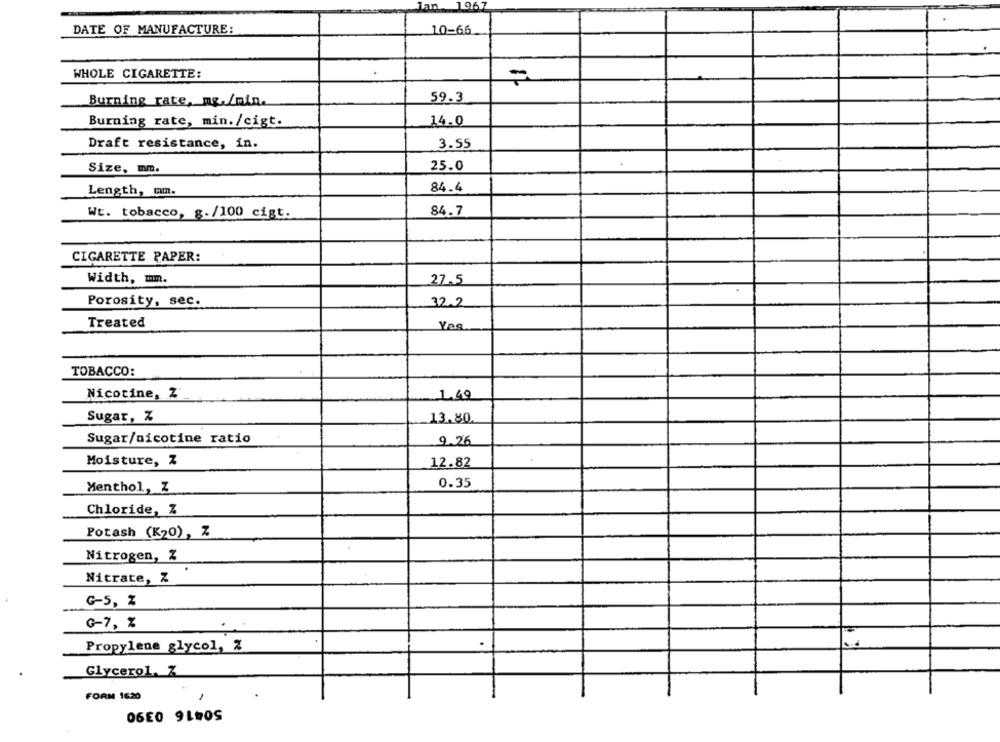
an 1967
DATE OF MANUFACTURE:
10-66
WHOLE CIGARETTE:
Burning rate, mg./min.
59.3
Burning rate, min. /cigt.
14.0
Draft resistance, in.
3.55
Size, mm.
25.0
Length, mm.
84.4
Wt. tobacco, g./100 cigt.
84.7
CIGARETTE PAPER:
Width, mm.
27.5
Porosity, sec.
32.2
Treated
Yes
TOBACCO:
Nicotine, Z
1.49
Sugar, Z
13.80
Sugar/nicotine ratio
9.26
Moisture, Z
12.82
Menthol, Z
0.35
Chloride, Z
Potash (K20), Z
Nitrogen, %
Nitrate, Z
G-5, Z
G-7, %
Propylene glycol, Z
Glycerol. Z
FORM 1620
50416 0390